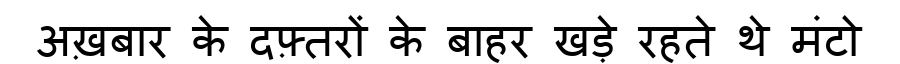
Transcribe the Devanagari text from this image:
अख़बार के दफ़्तरों के बाहर खड़े रहते थे मंटो